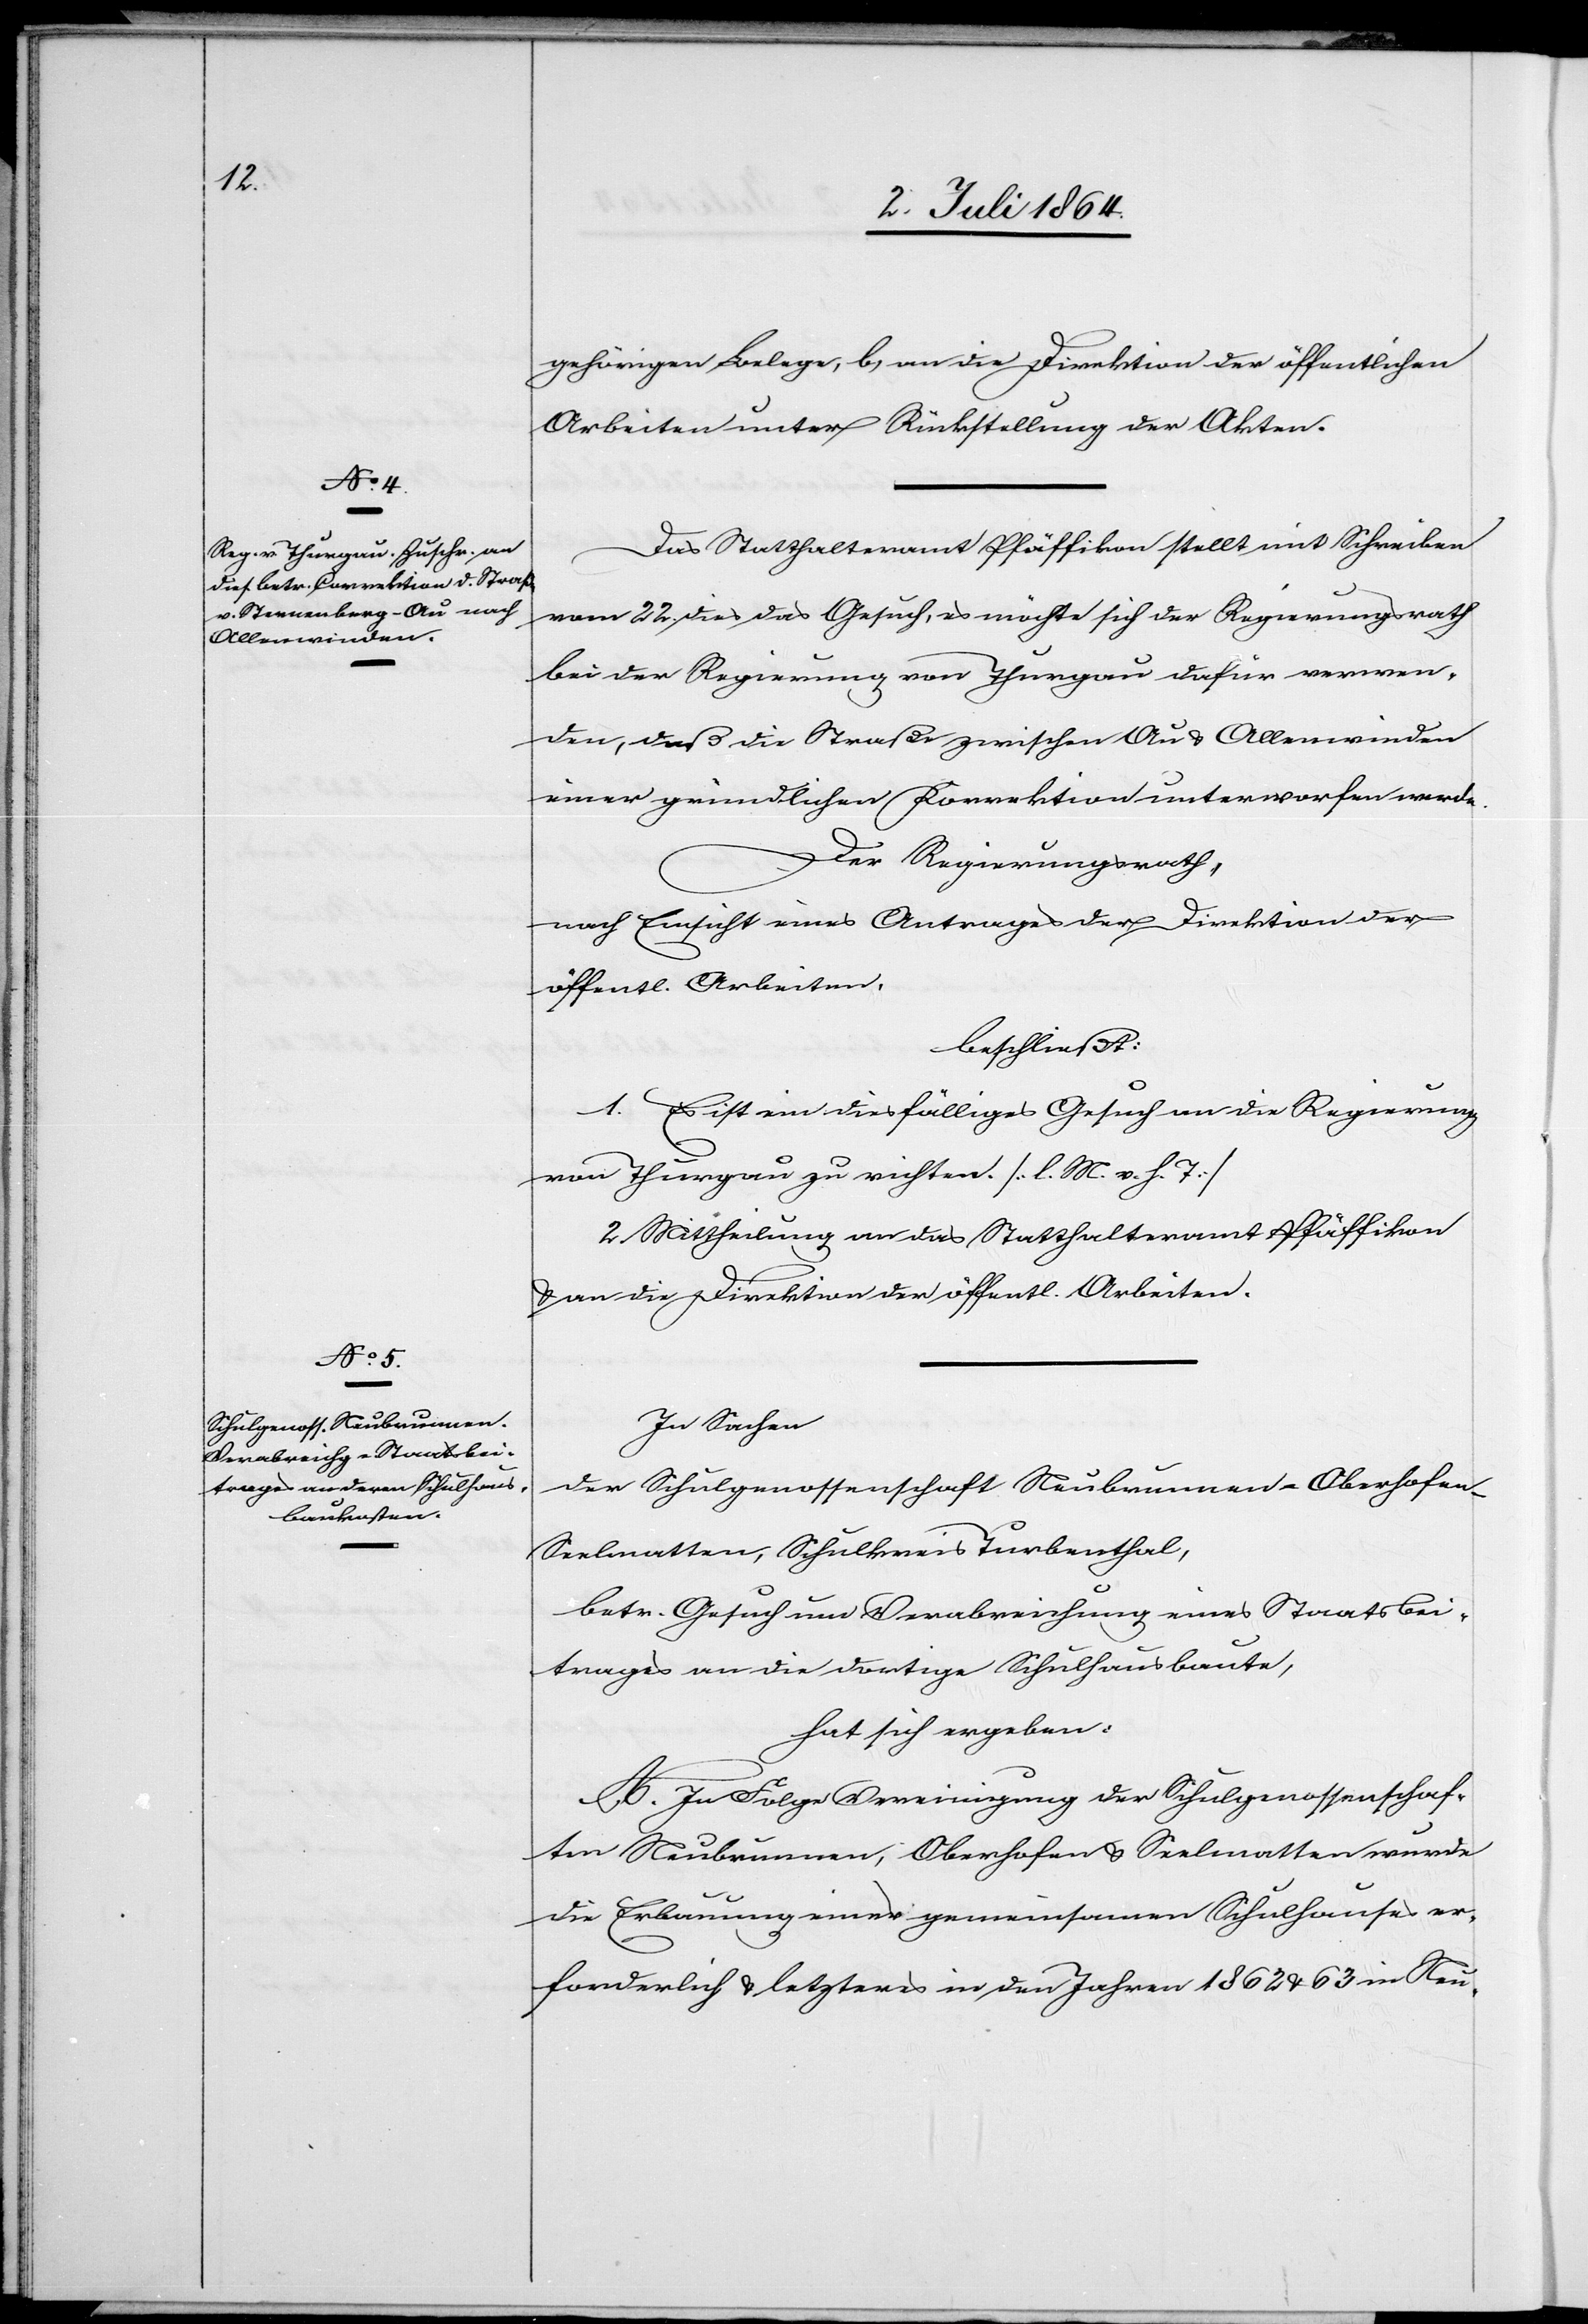
Das Statthalteramt Pfäffikon stellt mit Schreiben
vom 22. dies das Gesuch, es möchte sich der Regierungsrath
bei der Regierung von Thurgau dafür verwen¬
den, daß die Straße zwischen Au u. Allenwinden
einer gründlichen Korrektion unterworfen werde.
Der Regierungsrath,
nach Einsicht eines Antrages der Direktion der
öffentl. Arbeiten,
beschließt:
1. Es ist ein diesfälliges Gesuch an die Regierung
von Thurgau zu richten. [l. M. v. h. T]
2. Mittheilung an das Statthalteramt Pfäffikon
u. an die Direktion der öffentl. Arbeiten.